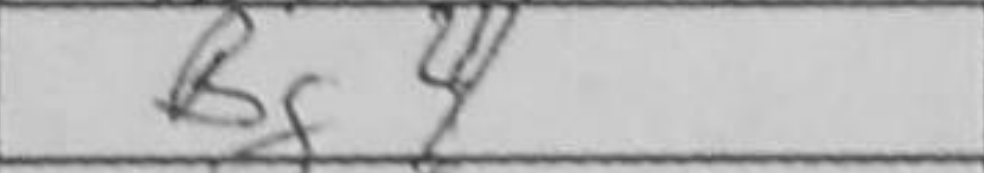
Transcription: Bg4